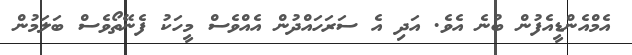
އެމްއެންޑީއެފުން ބުނެ އެވެ. އަދި އެ ސަރަހައްދުން އެއްވެސް މީހަކު ފެނޭތޯވެސް ބަލަމުން